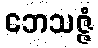
ဘေသဇ္ဇံ